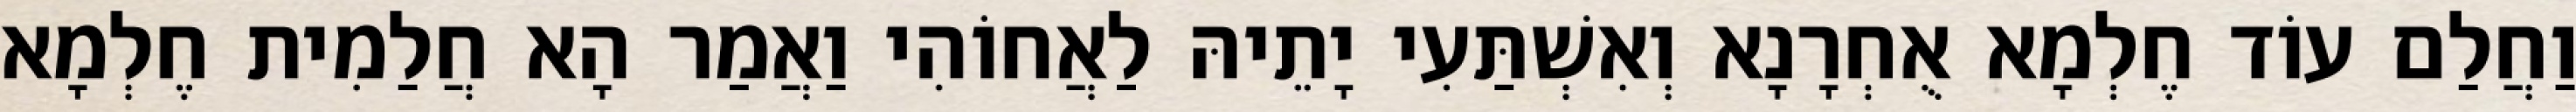
וַחֲלַם עוֹד חֶלְמָא אֻחְרָנָא וְאִשְׁתַּעִי יָתֵיהּ לַאֲחוֹהִי וַאֲמַר הָא חֲלַמִית חֶלְמָא